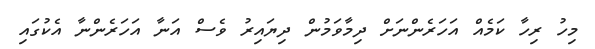
މިހު ރިހާ ކަމެއް އަހަރެންނަށް ދިމާވަމުން ދިޔައިރު ވެސް އަނާ އަހަރެންނާ އެކުގައި